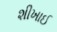
શીખાઈ